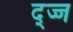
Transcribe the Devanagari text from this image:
द्ज्ज